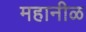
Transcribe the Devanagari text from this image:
महानीळ